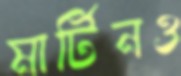
মার্টিনও